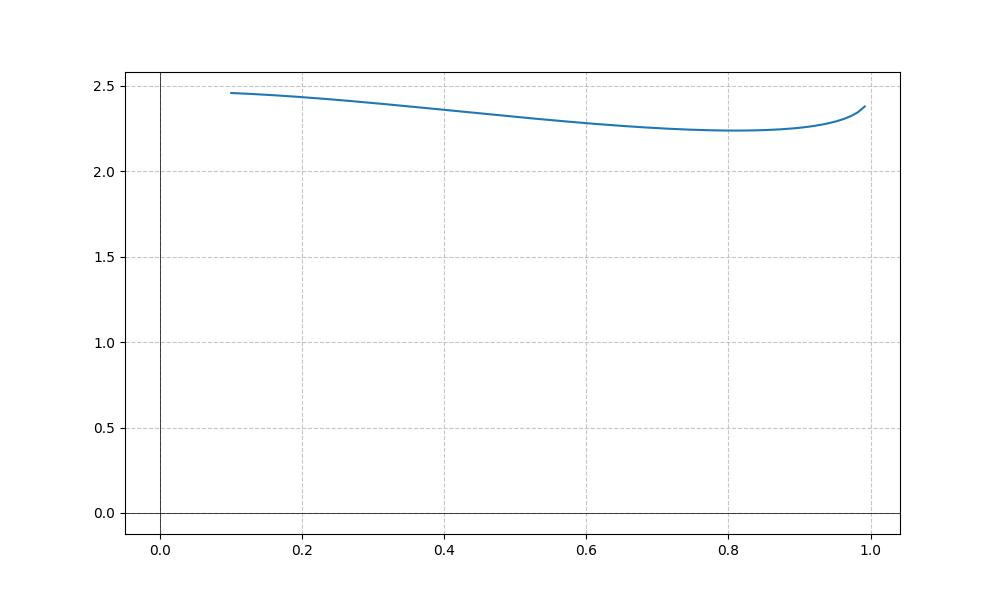
LaTeX formula: \operatorname{acos}{\left(- x \right)} \operatorname{acot}{\left(x \right)}